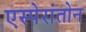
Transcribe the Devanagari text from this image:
एस्पेरांतोन